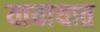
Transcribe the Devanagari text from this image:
यायायात